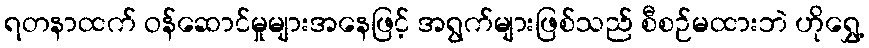
ရတနာထက် ဝန်ဆောင်မှုများအနေဖြင့် အရွက်များဖြစ်သည် စီစဉ်မထားဘဲ ဟိုရွှေ့